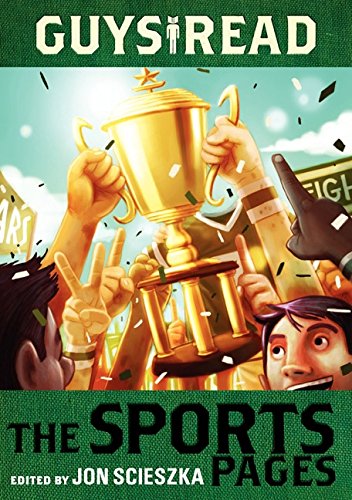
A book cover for Guys Read: The Sports Pages; Jon Scieszka; Children's Books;